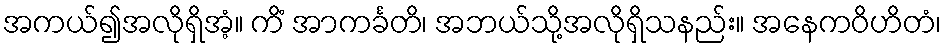
အကယ်၍အလိုရှိအံ့။ ကိံ အာကင်္ခတိ၊ အဘယ်သို့အလိုရှိသနည်း။ အနေကဝိဟိတံ၊